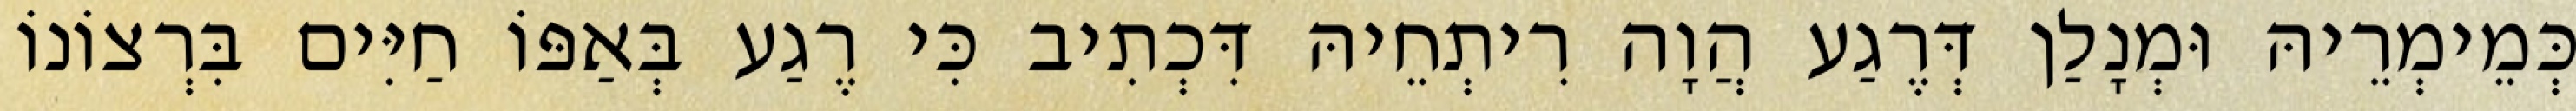
כְּמֵימְרֵיהּ וּמְנָלַן דְּרֶגַע הֲוָה רִיתְחֵיהּ דִּכְתִיב כִּי רֶגַע בְּאַפּוֹ חַיִּים בִּרְצוֹנוֹ